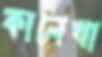
কালেখা